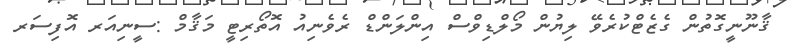
ޤާނޫނީގޮތުން ގެޒެޓްކުރެވޭ ލިޔުން މޯލްޑިވްސް އިންލަންޑް ރެވެނިއު އޮތޯރިޓީ މަޤާމް :ސީނިއަރ އޮފިސަރ